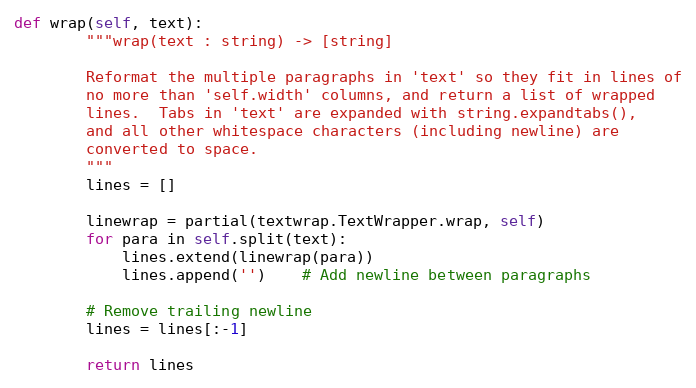
Language: Python
def wrap(self, text):
        """wrap(text : string) -> [string]

        Reformat the multiple paragraphs in 'text' so they fit in lines of
        no more than 'self.width' columns, and return a list of wrapped
        lines.  Tabs in 'text' are expanded with string.expandtabs(),
        and all other whitespace characters (including newline) are
        converted to space.
        """
        lines = []

        linewrap = partial(textwrap.TextWrapper.wrap, self)
        for para in self.split(text):
            lines.extend(linewrap(para))
            lines.append('')    # Add newline between paragraphs

        # Remove trailing newline
        lines = lines[:-1]

        return lines